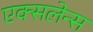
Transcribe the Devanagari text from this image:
एक्सलेन्स